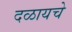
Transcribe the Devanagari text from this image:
दळायचे